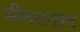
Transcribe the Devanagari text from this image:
भीमरावश्च